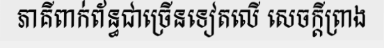
ភាគីពាក់ព័ន្ធជាច្រើនទៀតលើ សេចក្តីព្រាង